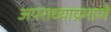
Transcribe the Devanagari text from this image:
अपराध्याप्रमाणे